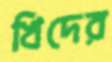
খিদের